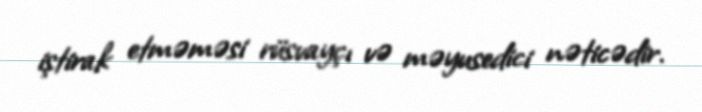
iştirak etməməsi rüsvayçı və məyusedici nəticədir.